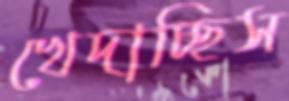
খেদাচ্ছিস